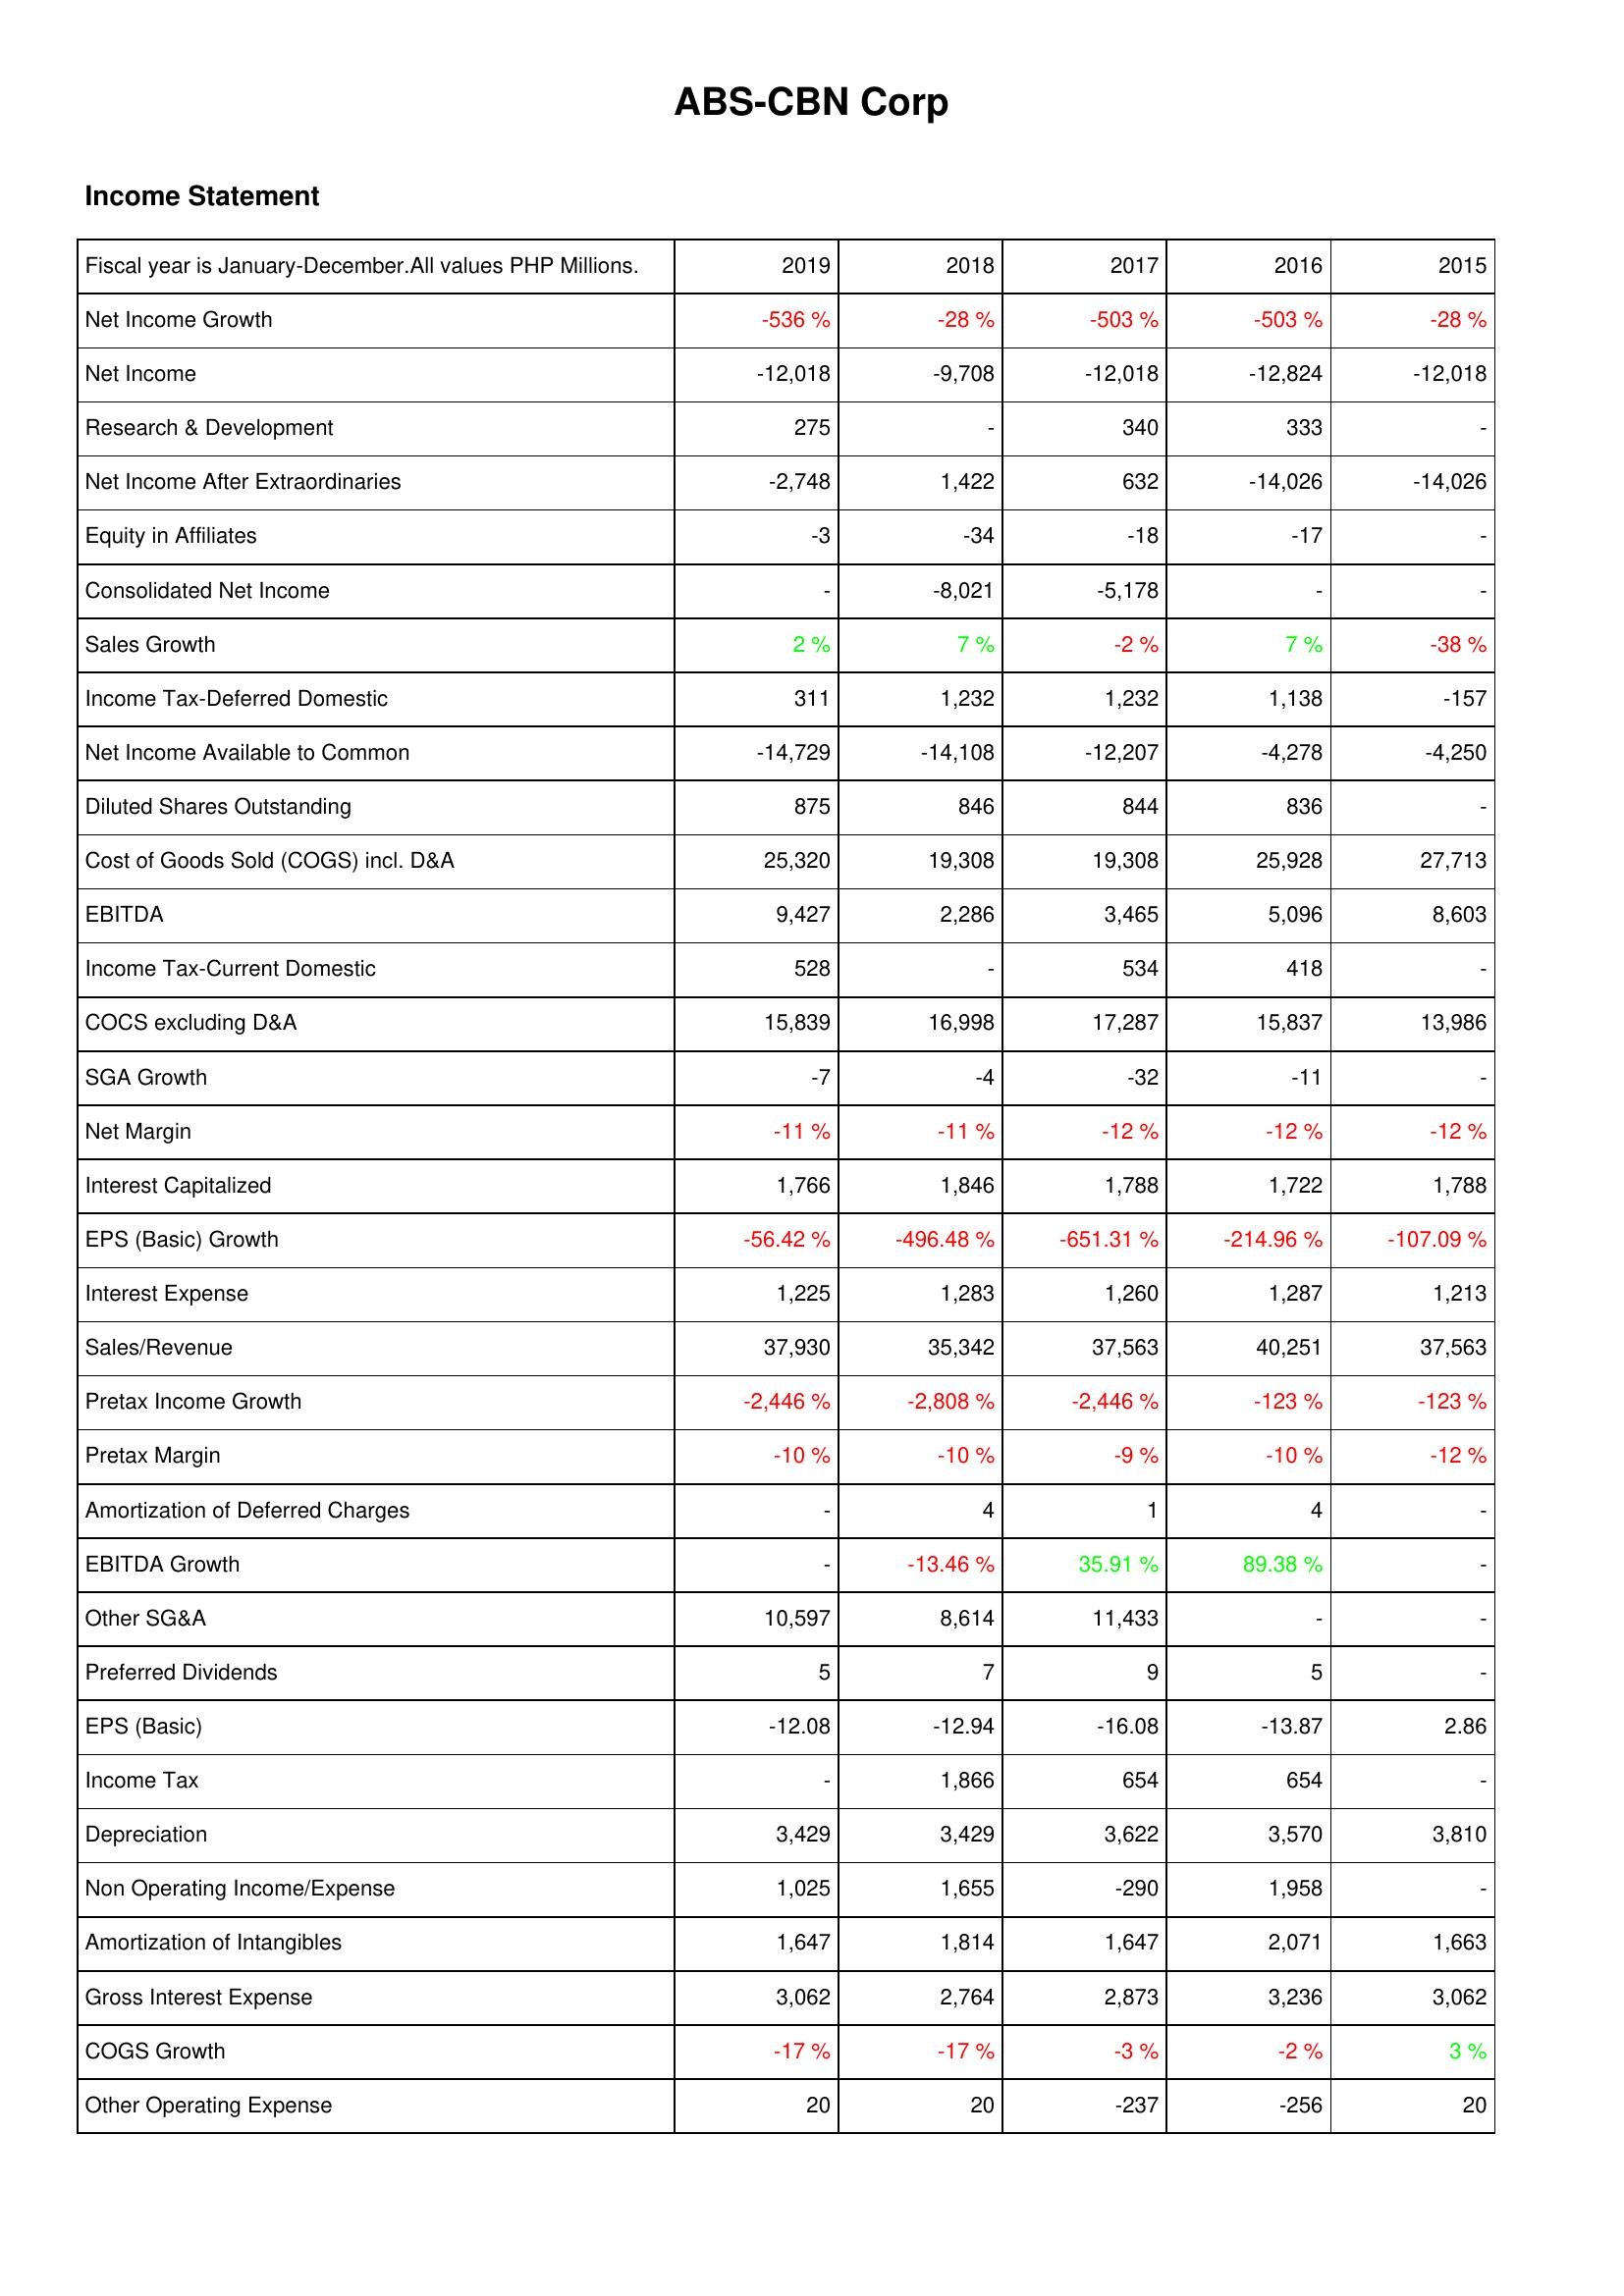
2019: Income Statement: Net Income Growth: -536 %
Net Income: -12,018
Research & Development: 275
Net Income After Extraordinaries: -2,748
Equity in Affiliates: -3
Consolidated Net Income: -
Sales Growth: 2 %
Income Tax-Deferred Domestic: 311
Net Income Available to Common: -14,729
Diluted Shares Outstanding: 875
Cost of Goods Sold (COGS) incl. D&A: 25,320
EBITDA: 9,427
Income Tax-Current Domestic: 528
COCS excluding D&A: 15,839
SGA Growth: -7
Net Margin: -11 %
Interest Capitalized: 1,766
EPS (Basic) Growth: -56.42 %
Interest Expense: 1,225
Sales/Revenue: 37,930
Pretax Income Growth: -2,446 %
Pretax Margin: -10 %
Amortization of Deferred Charges: -
EBITDA Growth: -
Other SG&A: 10,597
Preferred Dividends: 5
EPS (Basic): -12.08
Income Tax: -
Depreciation: 3,429
Non Operating Income/Expense: 1,025
Amortization of Intangibles: 1,647
Gross Interest Expense: 3,062
COGS Growth: -17 %
Other Operating Expense: 20
2018: Income Statement: Net Income Growth: -28 %
Net Income: -9,708
Research & Development: -
Net Income After Extraordinaries: 1,422
Equity in Affiliates: -34
Consolidated Net Income: -8,021
Sales Growth: 7 %
Income Tax-Deferred Domestic: 1,232
Net Income Available to Common: -14,108
Diluted Shares Outstanding: 846
Cost of Goods Sold (COGS) incl. D&A: 19,308
EBITDA: 2,286
Income Tax-Current Domestic: -
COCS excluding D&A: 16,998
SGA Growth: -4
Net Margin: -11 %
Interest Capitalized: 1,846
EPS (Basic) Growth: -496.48 %
Interest Expense: 1,283
Sales/Revenue: 35,342
Pretax Income Growth: -2,808 %
Pretax Margin: -10 %
Amortization of Deferred Charges: 4
EBITDA Growth: -13.46 %
Other SG&A: 8,614
Preferred Dividends: 7
EPS (Basic): -12.94
Income Tax: 1,866
Depreciation: 3,429
Non Operating Income/Expense: 1,655
Amortization of Intangibles: 1,814
Gross Interest Expense: 2,764
COGS Growth: -17 %
Other Operating Expense: 20
2017: Income Statement: Net Income Growth: -503 %
Net Income: -12,018
Research & Development: 340
Net Income After Extraordinaries: 632
Equity in Affiliates: -18
Consolidated Net Income: -5,178
Sales Growth: -2 %
Income Tax-Deferred Domestic: 1,232
Net Income Available to Common: -12,207
Diluted Shares Outstanding: 844
Cost of Goods Sold (COGS) incl. D&A: 19,308
EBITDA: 3,465
Income Tax-Current Domestic: 534
COCS excluding D&A: 17,287
SGA Growth: -32
Net Margin: -12 %
Interest Capitalized: 1,788
EPS (Basic) Growth: -651.31 %
Interest Expense: 1,260
Sales/Revenue: 37,563
Pretax Income Growth: -2,446 %
Pretax Margin: -9 %
Amortization of Deferred Charges: 1
EBITDA Growth: 35.91 %
Other SG&A: 11,433
Preferred Dividends: 9
EPS (Basic): -16.08
Income Tax: 654
Depreciation: 3,622
Non Operating Income/Expense: -290
Amortization of Intangibles: 1,647
Gross Interest Expense: 2,873
COGS Growth: -3 %
Other Operating Expense: -237
2016: Income Statement: Net Income Growth: -503 %
Net Income: -12,824
Research & Development: 333
Net Income After Extraordinaries: -14,026
Equity in Affiliates: -17
Consolidated Net Income: -
Sales Growth: 7 %
Income Tax-Deferred Domestic: 1,138
Net Income Available to Common: -4,278
Diluted Shares Outstanding: 836
Cost of Goods Sold (COGS) incl. D&A: 25,928
EBITDA: 5,096
Income Tax-Current Domestic: 418
COCS excluding D&A: 15,837
SGA Growth: -11
Net Margin: -12 %
Interest Capitalized: 1,722
EPS (Basic) Growth: -214.96 %
Interest Expense: 1,287
Sales/Revenue: 40,251
Pretax Income Growth: -123 %
Pretax Margin: -10 %
Amortization of Deferred Charges: 4
EBITDA Growth: 89.38 %
Other SG&A: -
Preferred Dividends: 5
EPS (Basic): -13.87
Income Tax: 654
Depreciation: 3,570
Non Operating Income/Expense: 1,958
Amortization of Intangibles: 2,071
Gross Interest Expense: 3,236
COGS Growth: -2 %
Other Operating Expense: -256
2015: Income Statement: Net Income Growth: -28 %
Net Income: -12,018
Research & Development: -
Net Income After Extraordinaries: -14,026
Equity in Affiliates: -
Consolidated Net Income: -
Sales Growth: -38 %
Income Tax-Deferred Domestic: -157
Net Income Available to Common: -4,250
Diluted Shares Outstanding: -
Cost of Goods Sold (COGS) incl. D&A: 27,713
EBITDA: 8,603
Income Tax-Current Domestic: -
COCS excluding D&A: 13,986
SGA Growth: -
Net Margin: -12 %
Interest Capitalized: 1,788
EPS (Basic) Growth: -107.09 %
Interest Expense: 1,213
Sales/Revenue: 37,563
Pretax Income Growth: -123 %
Pretax Margin: -12 %
Amortization of Deferred Charges: -
EBITDA Growth: -
Other SG&A: -
Preferred Dividends: -
EPS (Basic): 2.86
Income Tax: -
Depreciation: 3,810
Non Operating Income/Expense: -
Amortization of Intangibles: 1,663
Gross Interest Expense: 3,062
COGS Growth: 3 %
Other Operating Expense: 20